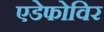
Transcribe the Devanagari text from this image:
एडेफोविर